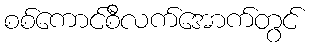
စစ်ကောင်စီလက်အောက်တွင်